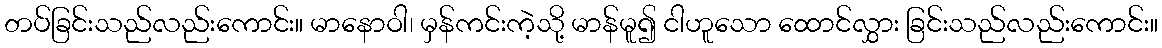
တပ်ခြင်းသည်လည်းကောင်း။ မာနောဝါ၊ မှန်ကင်းကဲ့သို့ မာန်မူ၍ ငါဟူသော ထောင်လွှား ခြင်းသည်လည်းကောင်း။